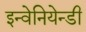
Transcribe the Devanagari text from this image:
इन्वेनियेन्डी